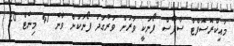
މައިކްރޮސޮފްޓް ސާފޭސް ފޯނަކީ ވަރަށް ވަރުގަދަ ފޯނަކަށް ވާނެ 41 މިނެޓް 20